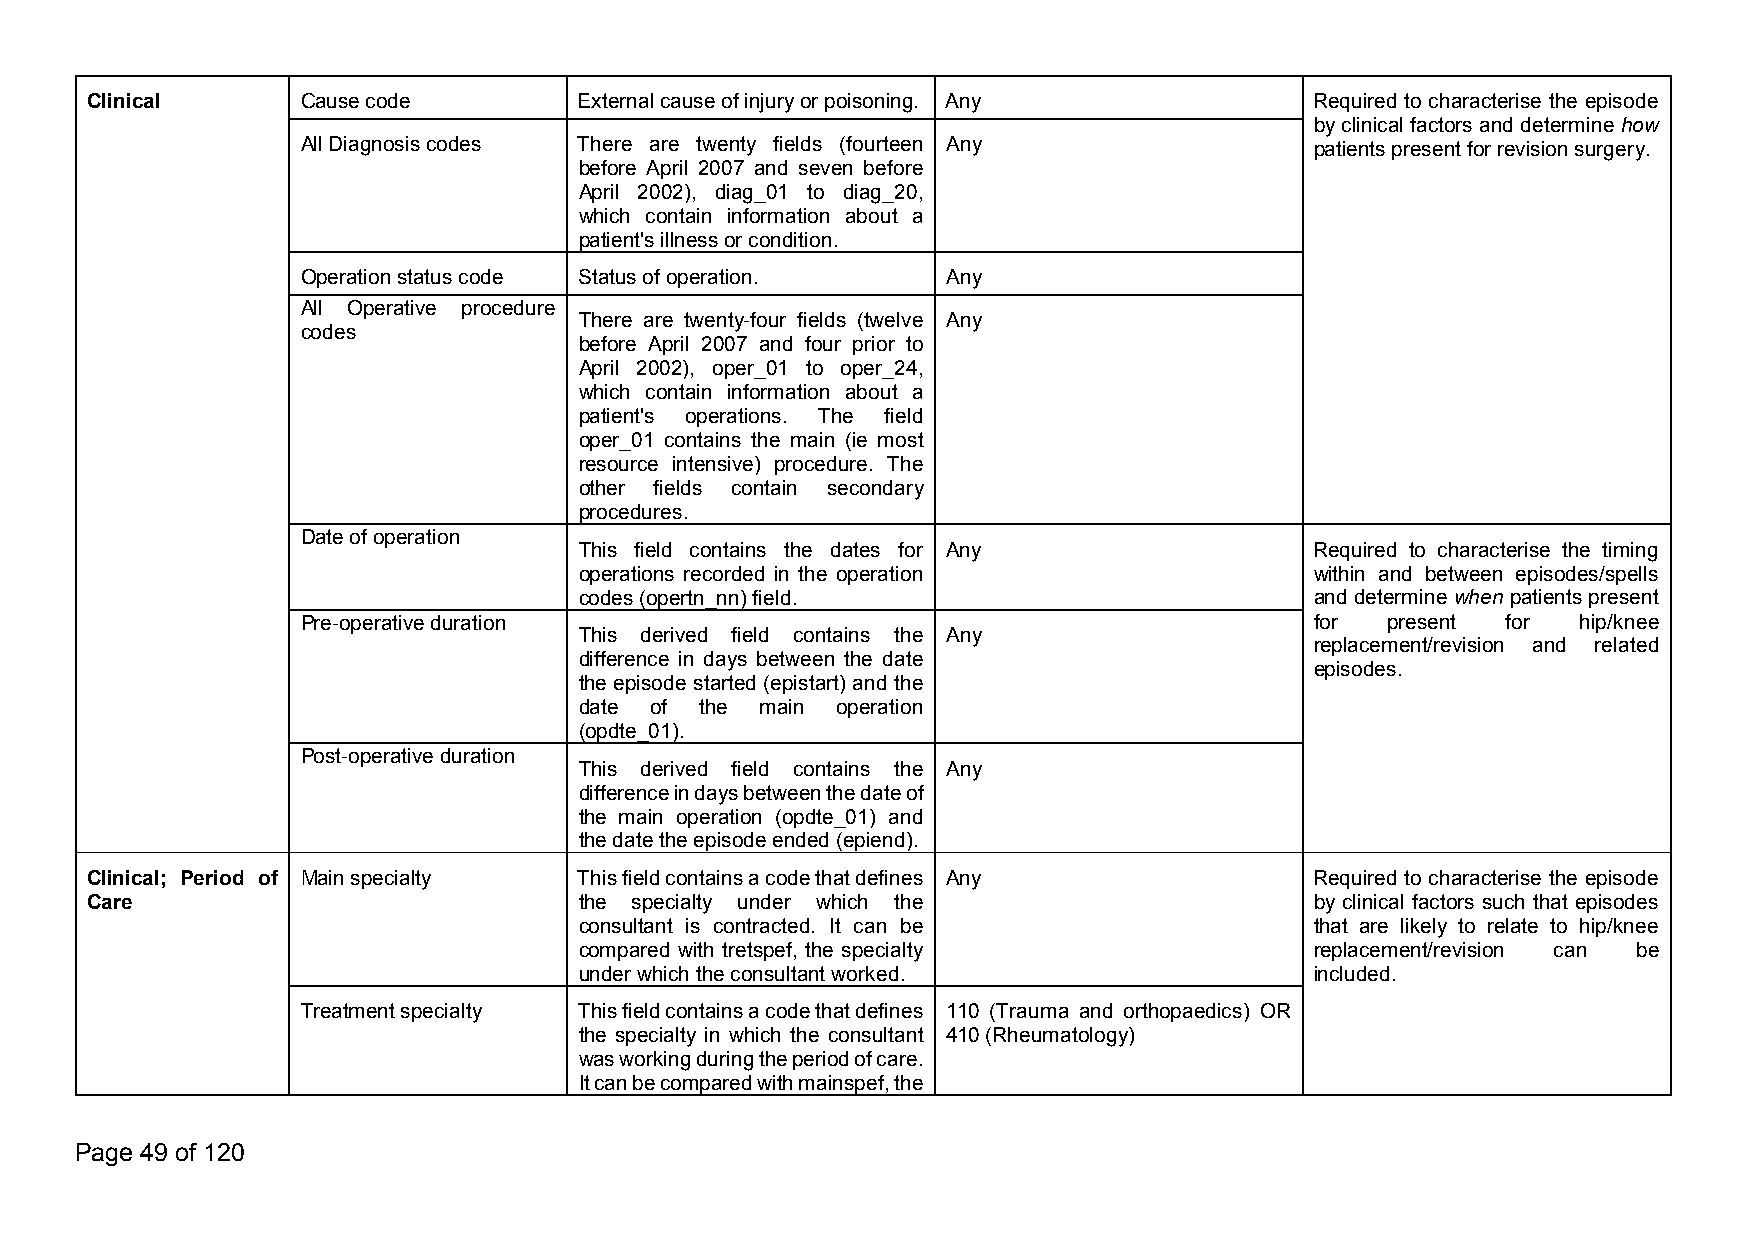
Clinical      Causecode         Externalcauseofinjuryorpoisoning. Any            Required to characterise the episode
 byclinical factors and determine how
 AllDiagnosiscodes There are twenty fields (fourteen Any            patientspresentforrevisionsurgery.
 before April 2007 and seven before
 April 2002), diag_01 to diag_20,
 which contain information about a
 patient'sillnessorcondition.
 Operationstatuscode Statusofoperation.     Any
 All Operative procedure
 There are twenty-four fields (twelve Any
 codes
 before April 2007 and four prior to
 April 2002), oper_01 to oper_24,
 which contain information about a
 patient's operations. The field
 oper_01 contains the main (ie most
 resource intensive) procedure. The
 other fields contain secondary
 procedures.
 Dateofoperation
 This field contains the dates for Any            Required to characterise the timing
 operations recorded in the operation             within and between episodes/spells
 codes(opertn_nn)field.                           and determinewhen patients present
 Pre-operativeduration                                              for  present for  hip/knee
 This derived field contains the Any
 replacement/revision and related
 difference in days between the date
 episodes.
 the episode started (epistart) and the
 date of the main operation
 (opdte_01).
 Post-operativeduration
 This derived field contains the Any
 differenceindaysbetweenthedateof
 the main operation (opdte_01) and
 thedatetheepisodeended(epiend).
 Clinical; Period of Mainspecialty Thisfieldcontainsacodethatdefines Any          Required to characterise the episode
 Care                            the specialty under which the                    by clinical factors such that episodes
 consultant is contracted. It can be              that are likely to relate to hip/knee
 compared with tretspef, the specialty            replacement/revision can be
 underwhichtheconsultantworked.                   included.
 Treatmentspecialty Thisfieldcontainsacodethatdefines 110 (Trauma and orthopaedics) OR
 the specialty in which the consultant 410(Rheumatology)
 wasworkingduringtheperiodofcare.
 Itcanbecomparedwithmainspef,the
 Page 49 of 120